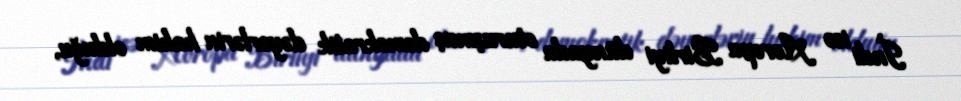
İndi isə Avropa Birliyi dünyada oturuşmuş demokratik dəyərlərin hakim olduğu,